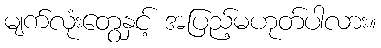
မျက်လုံးတွေနှင့် အပြည့်မဟုတ်ပါလား။